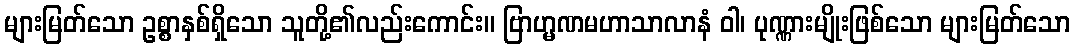
များမြတ်သော ဥစ္စာနှစ်ရှိသော သူတို့၏လည်းကောင်း။ ဗြာဟ္မဏမဟာသာလာနံ ဝါ၊ ပုဏ္ဏားမျိုးဖြစ်သော များမြတ်သော